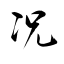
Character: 况